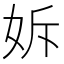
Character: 𡛴